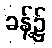
ခန့်၌